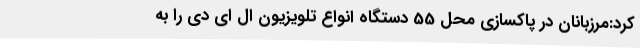
کرد:مرزبانان در پاکسازی محل 55 دستگاه انواع تلویزیون ال ای دی را به